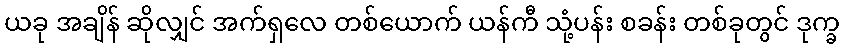
ယခု အချိန် ဆိုလျှင် အက်ရှလေ တစ်ယောက် ယန်ကီ သုံ့ပန်း စခန်း တစ်ခုတွင် ဒုက္ခ